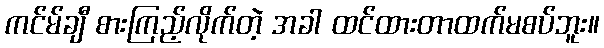
ကင်မ်ချီ စားကြည့်လိုက်တဲ့ အခါ ထင်ထားတာထက်မစပ်ဘူး။